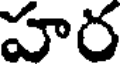
హర